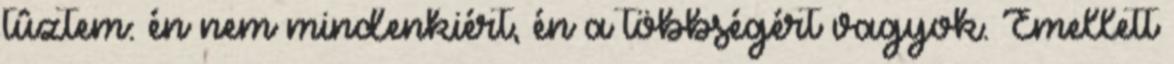
tûztem: én nem mindenkiért, én a többségért vagyok. Emellett